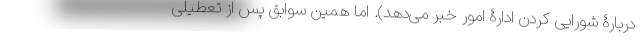
دربارۀ شورایی کردن ادارۀ امور خبر می‌دهد). اما همین سوابق پس از تعطیلی